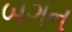
બગન